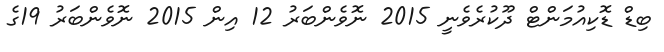
ބިޑް ޑޮކިއުމަންޓް ދޫކުރެވެނީ 2015 ނޮވެންބަރު 12 އިން 2015 ނޮވެންބަރު 19ގެ